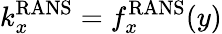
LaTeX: k_{x}^{\mathrm{RANS}}=f_{x}^{\mathrm{RANS}}(y)